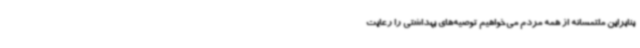
بنابراین ملتمسانه از همه مردم می‌خواهیم توصیه‌های بهداشتی را رعایت